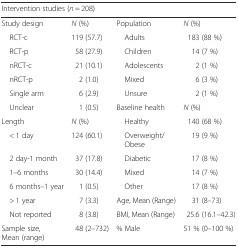
<table><thead><tr><td colspan="4"><b>Intervention studies (<i>n</i> = 208)</b></td></tr></thead><tbody><tr><td>Study design</td><td><i>N</i> (%)</td><td>Population</td><td><i>N</i> (%)</td></tr><tr><td> RCT-c</td><td>119 (57.7)</td><td> Adults</td><td>183 (88 %)</td></tr><tr><td> RCT-p</td><td>58 (27.9)</td><td> Children</td><td>14 (7 %)</td></tr><tr><td> nRCT-c</td><td>21 (10.1)</td><td> Adolescents</td><td>2 (1 %)</td></tr><tr><td> nRCT-p</td><td>2 (1.0)</td><td> Mixed</td><td>6 (3 %)</td></tr><tr><td> Single arm</td><td>6 (2.9)</td><td> Unsure</td><td>2 (1 %)</td></tr><tr><td> Unclear</td><td>1 (0.5)</td><td>Baseline health</td><td><i>N</i> (%)</td></tr><tr><td>Length</td><td><i>N</i> (%)</td><td> Healthy</td><td>140 (68 %)</td></tr><tr><td> &lt; 1 day</td><td>124 (60.1)</td><td> Overweight/Obese</td><td>19 (9 %)</td></tr><tr><td> 2 day-1 month</td><td>37 (17.8)</td><td> Diabetic</td><td>17 (8 %)</td></tr><tr><td> 1–6 months</td><td>30 (14.4)</td><td> Mixed</td><td>14 (7 %)</td></tr><tr><td> 6 months–1 year</td><td>1 (0.5)</td><td> Other</td><td>17 (8 %)</td></tr><tr><td> &gt; 1 year</td><td>7 (3.3)</td><td>Age, Mean (Range)</td><td>31 (8–73)</td></tr><tr><td> Not reported</td><td>8 (3.8)</td><td>BMI, Mean (Range)</td><td>25.6 (16.1–42.3)</td></tr><tr><td>Sample size, Mean (range)</td><td>48 (2–732)</td><td>% Male</td><td>51 % (0–100 %)</td></tr></tbody></table>